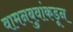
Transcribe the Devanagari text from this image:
वामनबुवांकडून